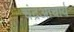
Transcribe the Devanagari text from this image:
चंद्रआचार्य